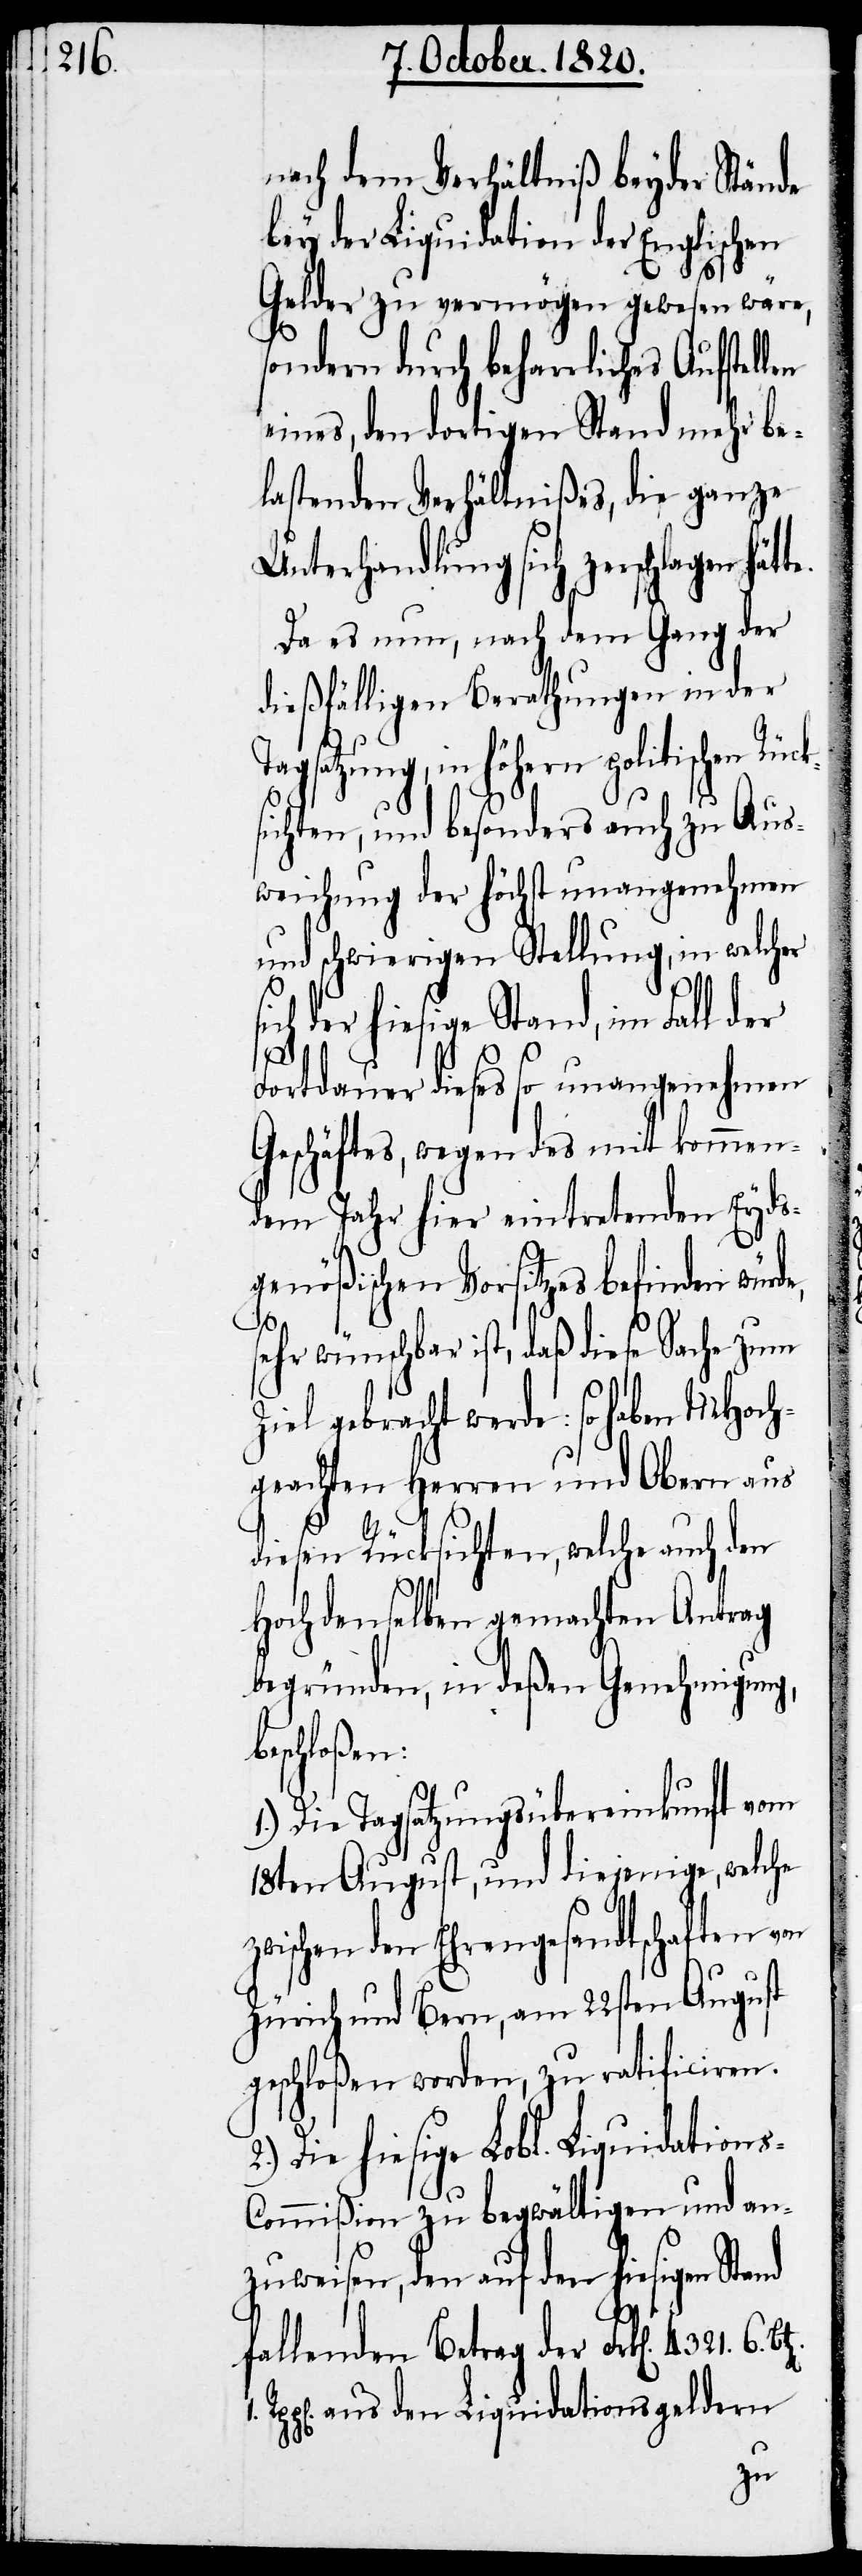
nach dem Verhältniß beyder Stände
bey der Liquidation der Englischen
Gelder zu vermögen gewesen wäre,
sondern durch beharrliches Aufstell¬
eines, den dortigen Stand mehr be¬
lastenden Verhältnißes, die ganze
Unterhandllung sich zerschlag¬
Da es nun, nach dem Gang der
dießfälligen Berathungen in der
Tagsatzung, in höhern politischen Rück¬
sichten, und besonders auch zu Aus¬
weichung der höchst unangenehmen
und schwierigen Stellung, in welcher
der hiesige Stand, im Fall der
Fortdauer dieses so unangenehmen
Geschäftes, wegen des mit kommen¬
den Jahr hier eintretenden Eyds¬
genößischen Vorsitzes befinden würd¬
sehr wünschbar ist, daß diese Sache zum
Ziel gebracht werde: so haben MHoch¬
geachten Herren und Obern aus
diesen Rücksichten, welche auch den
s-C¬
Hochdenselben gemachten Antrag
begründen, in deßen Genehmigung,
beschloßen:
1.) Die Tagsatzungsübereinkunft vom
18ten August, und diejenige, welche
zwischen den Ehrengesandschaften von
Zürich und Bern, am 22sten August
geschloßen worden, zu ratificiren.
Die hiesige Lobl. Liquidation¬
ommißion zu begwältigen und an¬
zuweisen, den auf den hiesigen
fallenden Betrag der Frk[en]. 4321.
aus den Liquidationsgeldern